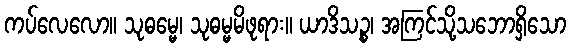
ကပ်လေလော။ သုဓမ္မေ၊ သုဓမ္မမိဖုရား။ ယာဒိသဉ္စ၊ အကြင်သို့သဘောရှိသော